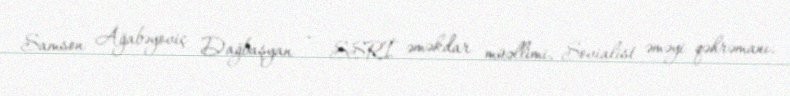
Samson Ağabəyoviç Dağbaşyan — SSRİ əməkdar müəllimi, Sovialist əməyi qəhrəmanı.